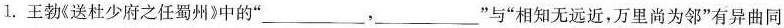
l. 王勃《送杜少府之任蜀州》中的”___，___”与”相知无远近，万里尚为邻”有异曲同